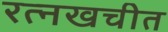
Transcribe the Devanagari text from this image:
रत्नखचीत